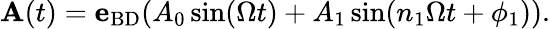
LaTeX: \begin{array}{r}{{\mathbf A}(t)={\mathbf e}_{\mathrm{BD}}(A_{0}\sin(\Omega t)+A_{1}\sin(n_{1}\Omega t+\phi_{1})).}\end{array}